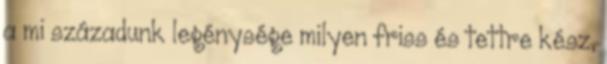
a mi századunk legénysége milyen friss és tettre kész,